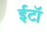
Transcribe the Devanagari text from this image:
ईटॉ